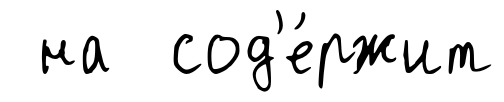
на сод'е́ржит